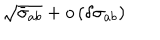
\sqrt { \bar { \sigma } _ { a b } } + o \left( \delta \sigma _ { a b } \right)